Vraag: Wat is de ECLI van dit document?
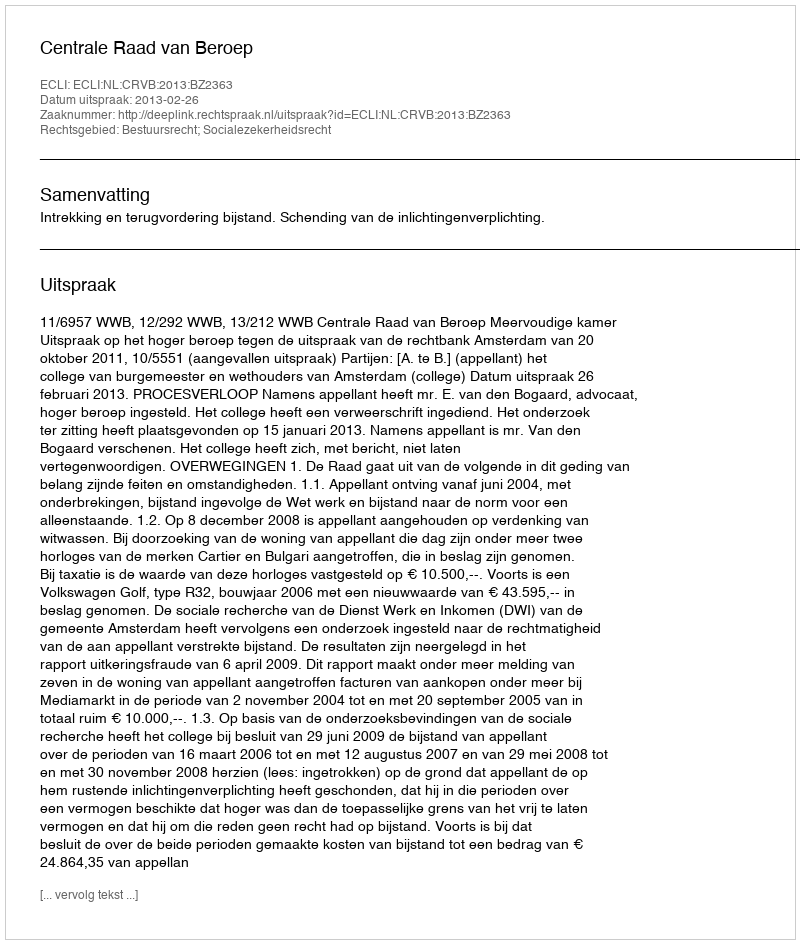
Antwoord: ECLI:NL:CRVB:2013:BZ2363